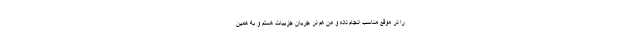
را در موقع مناسب انجام داده و من هم در جریان جزییات هستم و به همین